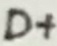
Text: D+